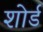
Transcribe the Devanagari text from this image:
शोर्ड